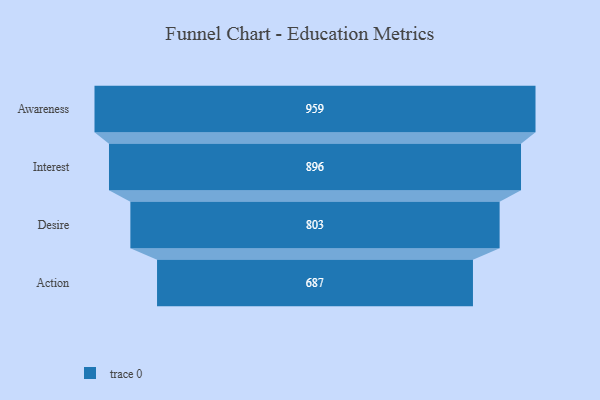
{"axis": {"x": "Stage", "y": "Value"}, "legend": [""], "data": [{"x": "Awareness", "y": 959.0, "type": ""}, {"x": "Interest", "y": 896.0, "type": ""}, {"x": "Desire", "y": 803.0, "type": ""}, {"x": "Action", "y": 687.0, "type": ""}]}